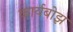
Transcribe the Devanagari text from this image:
कार्यबोझ